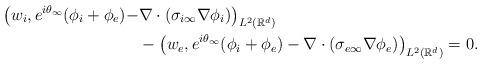
LaTeX: \begin{align*}\bigl(w_i,e^{i\theta_\infty}(\phi_i+\phi_e)-&\nabla\cdot(\sigma_{i\infty}\nabla\phi_i) \bigr)_{L^2(\mathbb{R}^d)}\\&-\bigl(w_e,e^{i\theta_\infty}(\phi_i+\phi_e)-\nabla\cdot(\sigma_{e\infty}\nabla\phi_e)\bigr)_{L^2(\mathbb{R}^d)}=0. \end{align*}